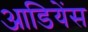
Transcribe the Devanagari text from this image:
आडियेंस